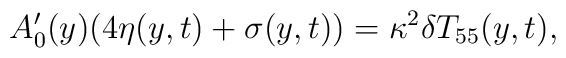
A_0^\prime(y)(4 \eta(y,t)+\sigma(y,t))=\kappa^2 \delta T_{55}(y,t),